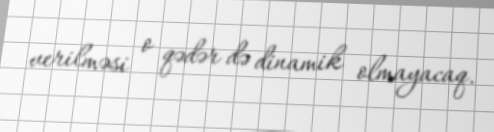
verilməsi o qədər də dinamik olmayacaq.